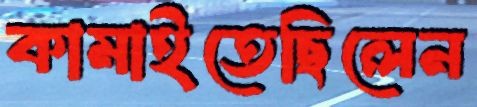
কামাইতেছিলেন